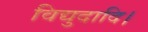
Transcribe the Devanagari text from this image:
विद्युदादि।